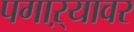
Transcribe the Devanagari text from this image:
पगाऱ्यावर